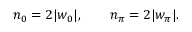
n _ { 0 } = 2 | w _ { 0 } | , \qquad n _ { \pi } = 2 | w _ { \pi } | .